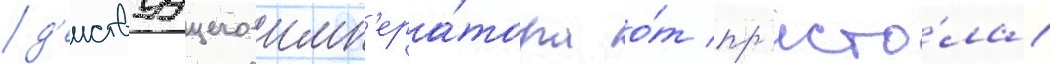
д'еиствуущего имп'ера́тора о́т пр'есто́ла